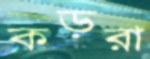
কড়রা